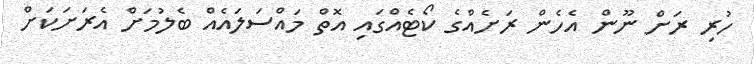
ހުރި ރަށް ނޫން އެހެން ރަށެއްގެ ކޯޓެއްގައި އޮތް މައްސަލައެއް ބެލުމަށް އެރަށަކަށް